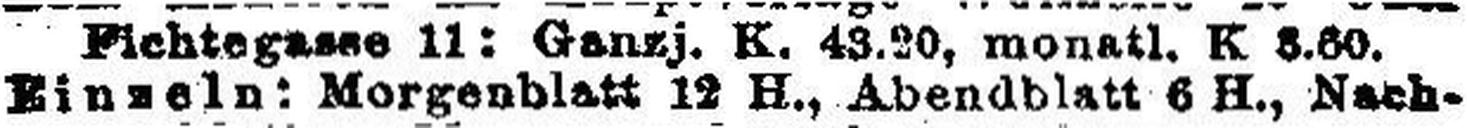
Einzeln: Morgenblatt 12 H., Abendblatt 6 H., Nach¬